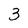
Character: 3